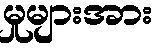
မှုများအား